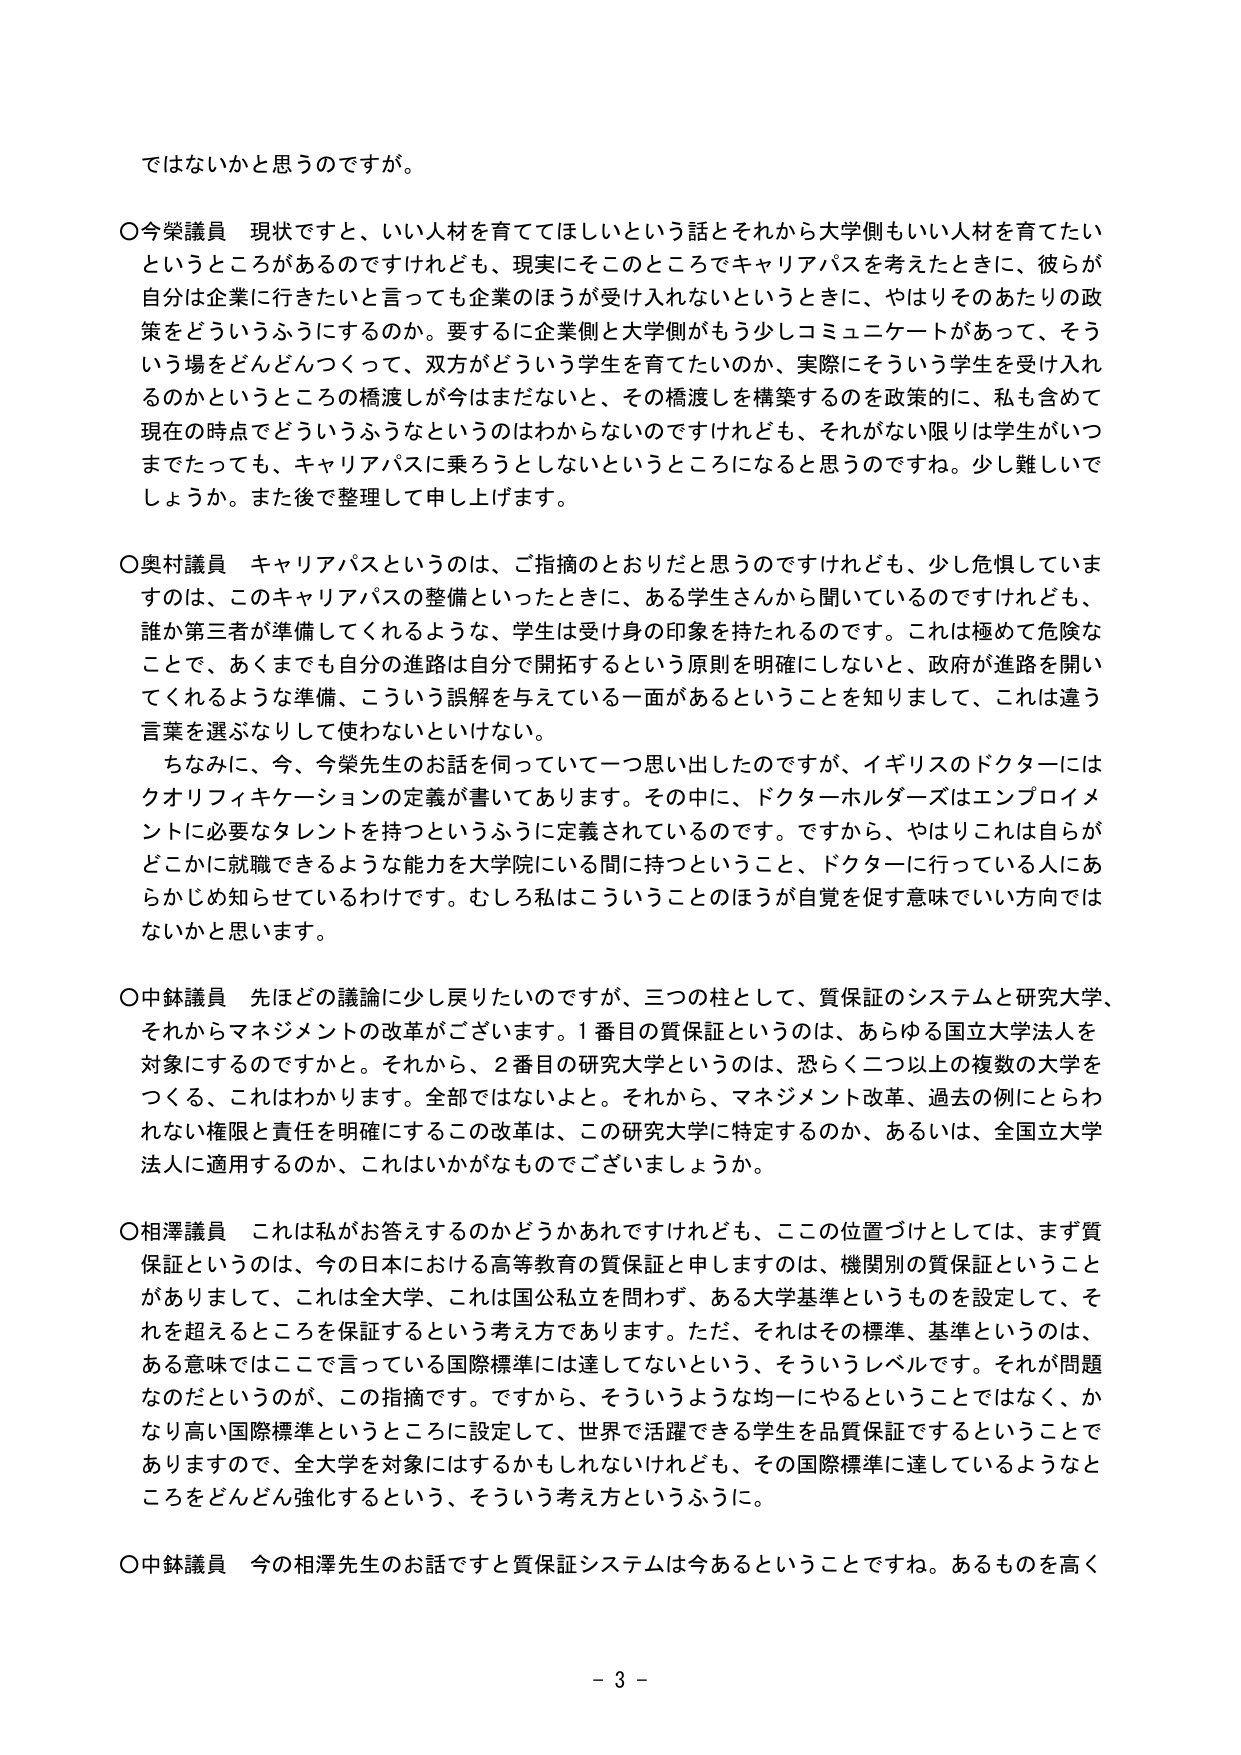
ではないかと思うのですが。

〇今榮議員 現状ですと、いい人材を育ててほしいという話とそれから大学側もいい人材を育てたいというところがあるのですけれども、現実にそのところでキャリアパスを考えたときに、彼らが自分は企業に行きたいと言っても企業のほうが受け入れないというときに、やはりそのあたりの政策をどういうふうにするのか。要するに企業側と大学側がもう少しコミュニケートがあって、そういう場をどんどんつくって、双方がどういう学生を育てたいのか、実際にそういう学生を受け入れるのかというところの橋渡しが今まだないと、その橋渡しを構築するのを政策的に、私も含めて現在の時点でどういうふうなというのはわからないのですけれども、それがない限りは学生がいつまでたっても、キャリアパスに乗ろうとしないというところになると思うのですね。少し難しいでしょうか。また後で整理して申し上げます。

〇奥村議員 キャリアパスというのは、ご指摘のとおりだと思うのですけれども、少し危惧していますのは、このキャリアパスの整備といったときに、ある学生さんから聞いているのですけれども、誰か第三者が準備してくれるような、学生は受け身の印象を持たれるのです。これは極めて危険なことで、あくまでも自分の進路は自分で開拓するという原則を明確にしないと、政府が進路を開いてくれるような準備、こういう誤解を与えている一面があるということを知りまして、これは違う言葉を選ぶなりして使わないといけない。

ちなみに、今、今榮先生のお話を伺っていて一つ思い出したのですが、イギリスのドクターにはクオリフィケーションの定義が書いてあります。その中に、ドクターホルダーズはエンプロイメントに必要なタレントを持つというふうに定義されているのです。ですから、やはりこれは自らがどこかに就職できるような能力を大学院にいる間に持つということ、ドクターに行っている人にあらかじめ知らせているわけです。むしろ私はこういうことのほうが自覚を促す意味でいい方向ではないかと思います。

〇中鉢議員 先ほどの議論に少し戻りたいのですが、三つの柱として、質保証のシステムと研究大学、それからマネジメントの改革がございます。1番目の質保証というのは、あらゆる国立大学法人を対象にするのですかと。それから、2番目の研究大学というのは、恐らく二つ以上の複数の大学をつくる、これはわかります。全部ではないよと。それから、マネジメント改革、過去の例にとらわれない権限と責任を明確にするこの改革は、この研究大学に特定するのか、あるいは、全国立大学法人に適用するのか、これはいかがなものでございましょうか。

〇相澤議員 これは私がお答えするのかどうかあれですけれども、ここの位置づけとしては、まず質保証というのは、今の日本における高等教育の質保証と申しますのは、機関別の質保証ということがありまして、これは全大学、これは国公私立を問わず、ある大学基準というものを設定して、それを超えるところを保証するという考え方であります。ただ、それはその標準、基準というのは、ある意味ではここで言っている国際標準には達してないという、そういうレベルです。それが問題なのだというのが、この指摘です。ですから、そういうような均一にやるということではなく、かなり高い国際標準というところに設定して、世界で活躍できる学生を品質保証するということでありますので、全大学を対象にはするかもしれないけれども、その国際標準に達しているようなところをどんどん強化するという、そういう考え方というふうに。

〇中鉢議員 今の相澤先生のお話ですと質保証システムは今あるということですね。あるものを高く

- 3 -